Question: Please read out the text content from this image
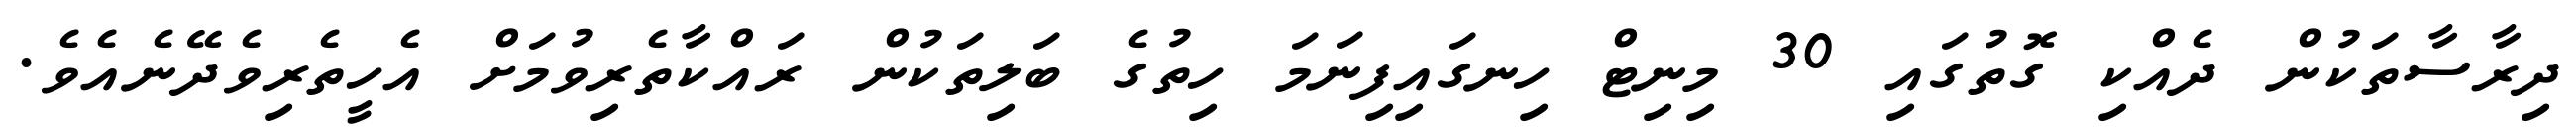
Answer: ދިރާސާތަކުން ދެއްކި ގޮތުގައި 30 މިނިޓް ހިނގައިފިނަމަ ހިތުގެ ބަލިތަކުން ރައްކާތެރިވުމަށް އެހީތެރިވެދޭނެއެވެ.